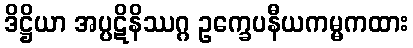
ဒိဋ္ဌိယာ အပ္ပဋိနိဿဂ္ဂ ဥက္ခေပနီယကမ္မကထား